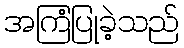
အကြံပြုခဲ့သည်